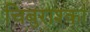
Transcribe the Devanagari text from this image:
चिबुराश्का